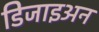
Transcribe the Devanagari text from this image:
डिजाइअन